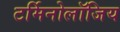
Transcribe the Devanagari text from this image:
टर्मिनोलॉजिय